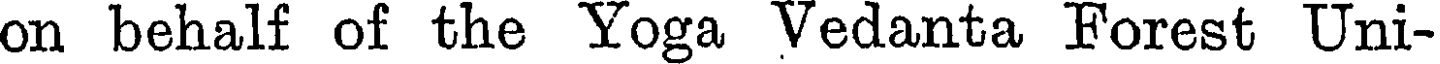
on behalf of the Yoga Vedanta Forest Uni-